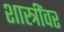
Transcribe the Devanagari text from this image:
शास्त्रींवर